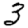
Digit: 3